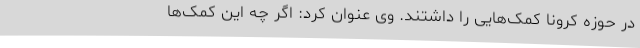
در حوزه کرونا کمک‌هایی را داشتند. وی عنوان کرد: اگر چه این کمک‌ها